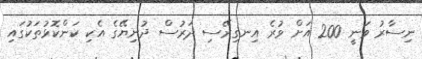
ނިސާރު ވަނީ 200 އަށް ވުރެ އިނގިރޭސި ދަރުސް ދުނިޔޭގެ އެކި ކަންކޮޅުތަކުގައި